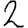
Digit: 2